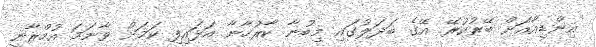
އިންޑިއާއަށް ބޭރުކުރޭ. އޭގެ ބަދަލުގައި މިބުނާ ކާރުހާނާ އަޅައިފި ކަމަށް ވާނަމަ އުމްރާނީ